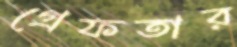
গ্রেফতার